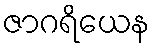
ဇာဂရိယေန